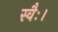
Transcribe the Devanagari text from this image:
स्वैः।